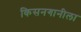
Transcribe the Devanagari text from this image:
किसनगानीला